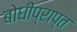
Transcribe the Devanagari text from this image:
बोधीप्राप्त